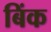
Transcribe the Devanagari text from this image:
बिंक